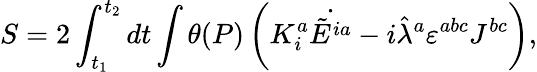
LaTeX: S=2\int_{t_{1}}^{t_{2}}dt\int\theta(P)\left(K_{i}^{a}\dot{\tilde{E}^{ia}}-i\hat{\lambda}^{a}\varepsilon^{abc}J^{bc}\right),